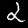
Label: 2